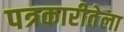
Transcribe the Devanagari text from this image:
पत्रकारीतेला